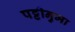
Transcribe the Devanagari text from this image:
पट्टीनुमा